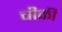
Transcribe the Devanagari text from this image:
चीकी